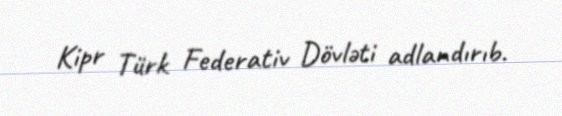
Kipr Türk Federativ Dövləti adlandırıb.